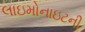
લાઇમોનાઇટની